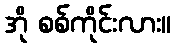
အို စစ်ကိုင်းလား။